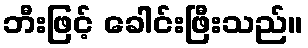
ဘီးဖြင့် ခေါင်းဖြီးသည်။